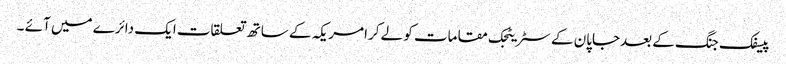
پیسفک جنگ کے بعدجاپان کے سٹریٹجک مقامات کو لے کرامریکہ کے ساتھ تعلقات ایک دائرے میں آئے ۔